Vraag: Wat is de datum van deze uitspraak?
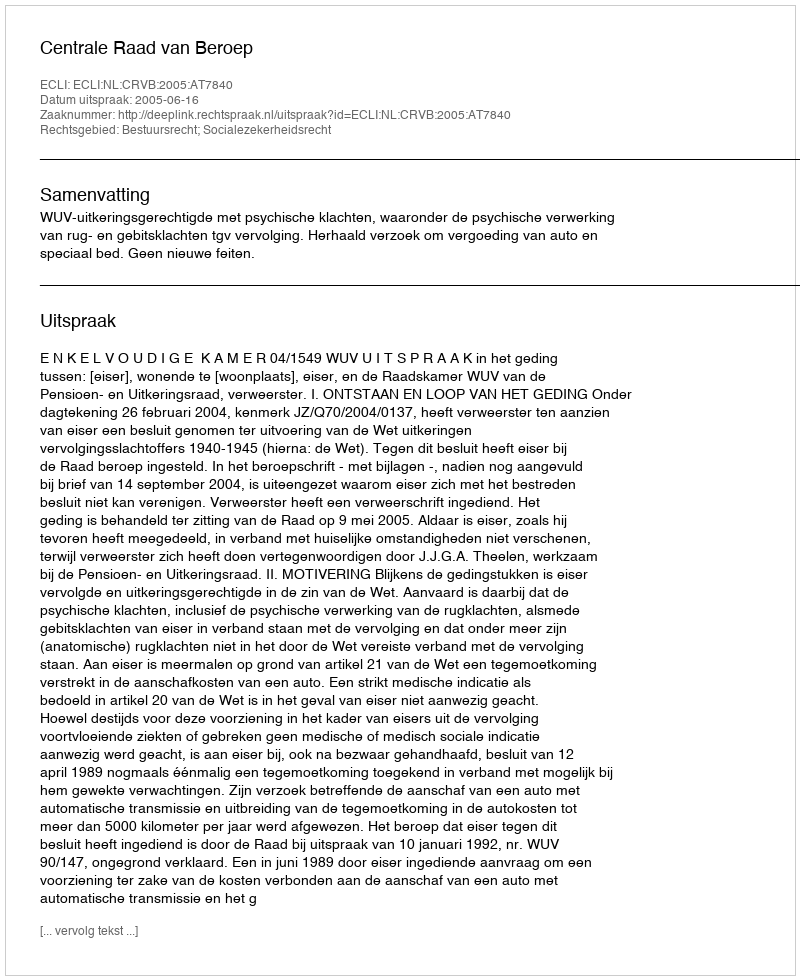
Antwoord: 2005-06-16